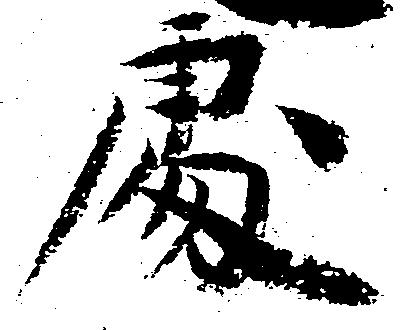
処